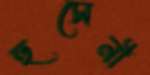
হুসেনী